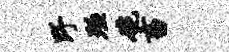
野殛碗畜